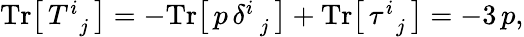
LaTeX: \begin{array}{r}{\mathrm{Tr}\big[\, T_{\, \, \, j}^{i}\, \big]=-\mathrm{Tr}\big[\, p\, \delta_{\, \, \, j}^{i}\, \big]+\mathrm{Tr}\big[\, \tau_{\, \, \, j}^{i}\, \big]=-3\, p,}\end{array}